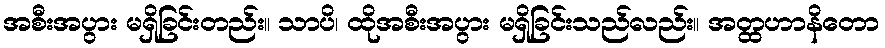
အစီးအပွား မရှိခြင်းတည်း။ သာပိ၊ ထိုအစီးအပွား မရှိခြင်းသည်လည်း။ အတ္ထဟာနိတော